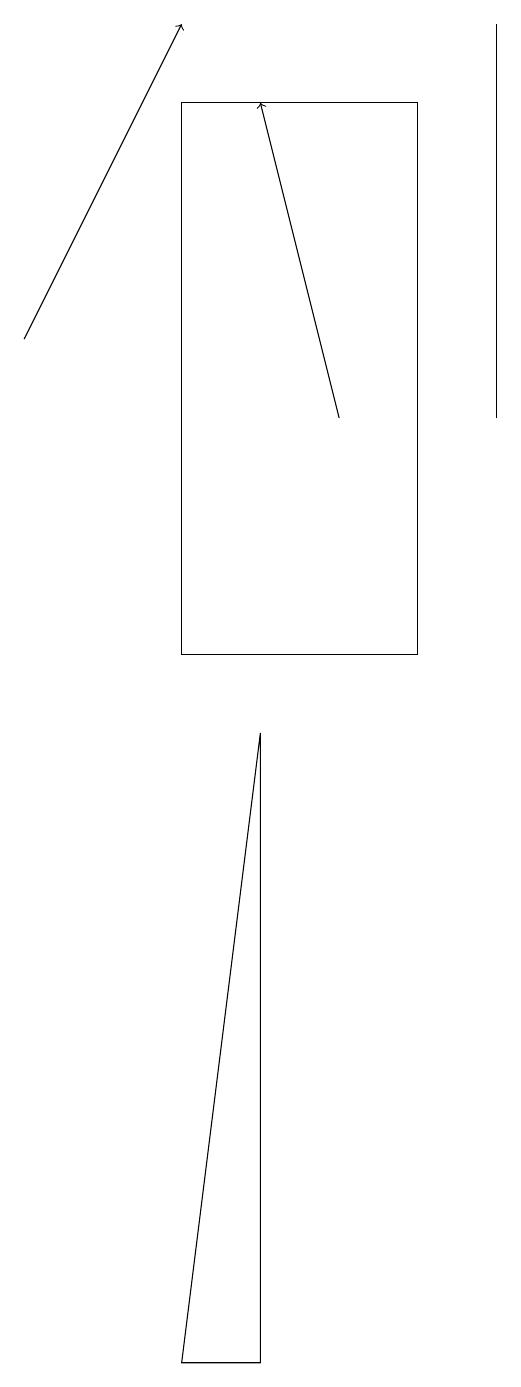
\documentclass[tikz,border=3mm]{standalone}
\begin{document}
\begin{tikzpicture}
\draw (6,17) rectangle (3,10);
\draw[->] (1,14) -- (3,18);
\draw (7,13) rectangle (7,18);
\draw (4,9) -- (4,1) -- (3,1) -- cycle;
\draw[->] (5,13) -- (4,17);
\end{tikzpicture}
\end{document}